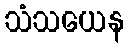
သံသယေန